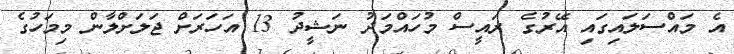
އެ މައްސަލައިގައި އޭރުގެ ރައީސް މުހައްމަދު ނަޝީދު 13 އަހަރަށް ޖަލަށްލާން މިމަހުގެ